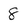
Character: 8